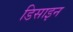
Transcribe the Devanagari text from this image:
डिसाइन